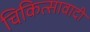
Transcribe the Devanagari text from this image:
चिकित्सावादी